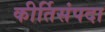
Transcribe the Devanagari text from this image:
कीर्तिसंपदा